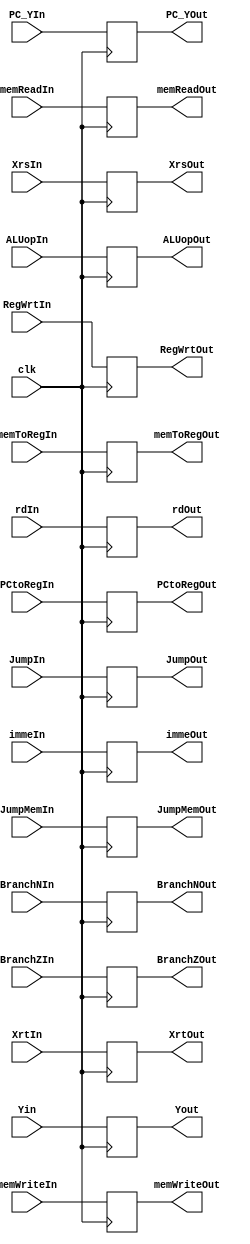
module IDEX (
    clk, RegWrtIn, RegWrtOut, 
    memToRegIn, memToRegOut, 
    PCtoRegIn, PCtoRegOut, 
    BranchNIn, BranchNOut, 
    BranchZIn, BranchZOut, 
    JumpIn, JumpOut, 
    JumpMemIn, JumpMemOut, 
    memReadIn, memReadOut, 
    memWriteIn, memWriteOut, 
    ALUopIn, ALUopOut,
    XrsIn, XrsOut,
    XrtIn, XrtOut,
    Yin, Yout,
    PC_YIn, PC_YOut,
    immeIn, immeOut,
    rdIn, rdOut
);

input clk, RegWrtIn, memToRegIn, PCtoRegIn, BranchNIn, BranchZIn,
    JumpIn, JumpMemIn, memReadIn, memWriteIn, immeIn;
input [1:0] ALUopIn;
input [5:0] rdIn;
input [31:0] XrsIn, XrtIn, Yin, PC_YIn;

output reg RegWrtOut, memToRegOut, PCtoRegOut, BranchNOut, BranchZOut,
    JumpOut, JumpMemOut, memReadOut, memWriteOut, immeOut;
output reg [1:0] ALUopOut;
output reg [5:0] rdOut;
output reg [31:0] XrsOut, XrtOut, Yout, PC_YOut;

always @(negedge clk)
begin
    // assign each in to the out
        RegWrtOut   = RegWrtIn;
        memToRegOut = memToRegIn;
        PCtoRegOut  = PCtoRegIn;
        BranchNOut  = BranchNIn;
        BranchZOut  = BranchZIn;
        JumpOut     = JumpIn;
        JumpMemOut  = JumpMemIn;
        memReadOut  = memReadIn;
        memWriteOut = memWriteIn;
        ALUopOut    = ALUopIn;
        XrsOut      = XrsIn;
        XrtOut      = XrtIn;
        Yout        = Yin;
        PC_YOut     = PC_YIn;
        immeOut     = immeIn;
        rdOut       = rdIn;
end
    
endmodule